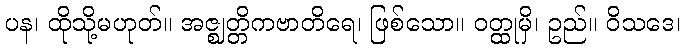
ပန၊ ထိုသို့မဟုတ်။ အဇ္ဈတ္တိကဗာတိရေ၊ ဖြစ်သော။ ဝတ္ထုမှိ၊ ဥည်။ ဝိသဒေ၊